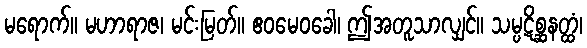
မရောက်။ မဟာရာဇ၊ မင်းမြတ်။ ဧဝမေဝခေါ၊ ဤအတူသာလျှင်။ သမ္ပဋိစ္ဆနတ္ထံ၊